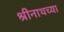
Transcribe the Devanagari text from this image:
श्रीनाथच्या